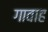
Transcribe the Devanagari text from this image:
गावाह